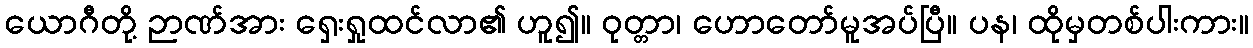
ယောဂီတို့ ဉာဏ်အား ရှေးရှုထင်လာ၏ ဟူ၍။ ဝုတ္တာ၊ ဟောတော်မူအပ်ပြီ။ ပန၊ ထိုမှတစ်ပါးကား။